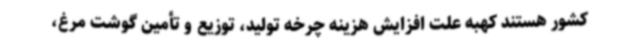
کشور هستند کهبه علت افزایش هزینه چرخه تولید، توزیع و تأمین گوشت مرغ،